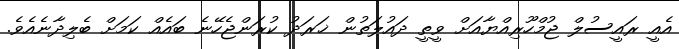
އެއީ ރައީސުލް ޖުމްހޫރިއްޔާއަށް ވީތީ ދައުލަތުން ޚަރަދު ކުރަންޖެހޭނެ ބައެއް ކަމަށް ބެލިދާނެއެވެ.